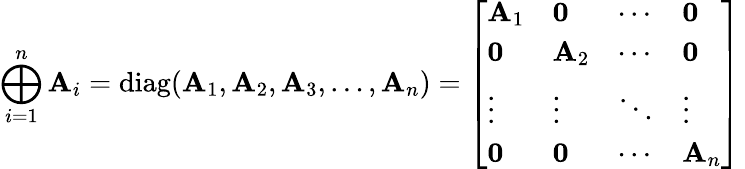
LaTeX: \bigoplus_{i=1}^{n}\mathbf{A}_{i}=\operatorname{diag}(\mathbf{A}_{1},\mathbf{A}_{2},\mathbf{A}_{3},\ldots,\mathbf{A}_{n})={\left[\begin{array}{llll}{\mathbf{A}_{1}}&{{\boldsymbol{0}}}&{\cdots}&{{\boldsymbol{0}}}\\ {{\boldsymbol{0}}}&{\mathbf{A}_{2}}&{\cdots}&{{\boldsymbol{0}}}\\ {\vdots}&{\vdots}&{\ddots}&{\vdots}\\ {{\boldsymbol{0}}}&{{\boldsymbol{0}}}&{\cdots}&{\mathbf{A}_{n}}\end{array}\right]}\,